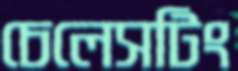
চেলেসটিং